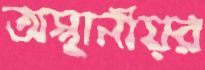
অস্থানীয়র